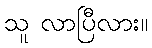
သူ လာပြီလား။